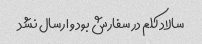
سالاد کلم در سفارش بود و ارسال نشد